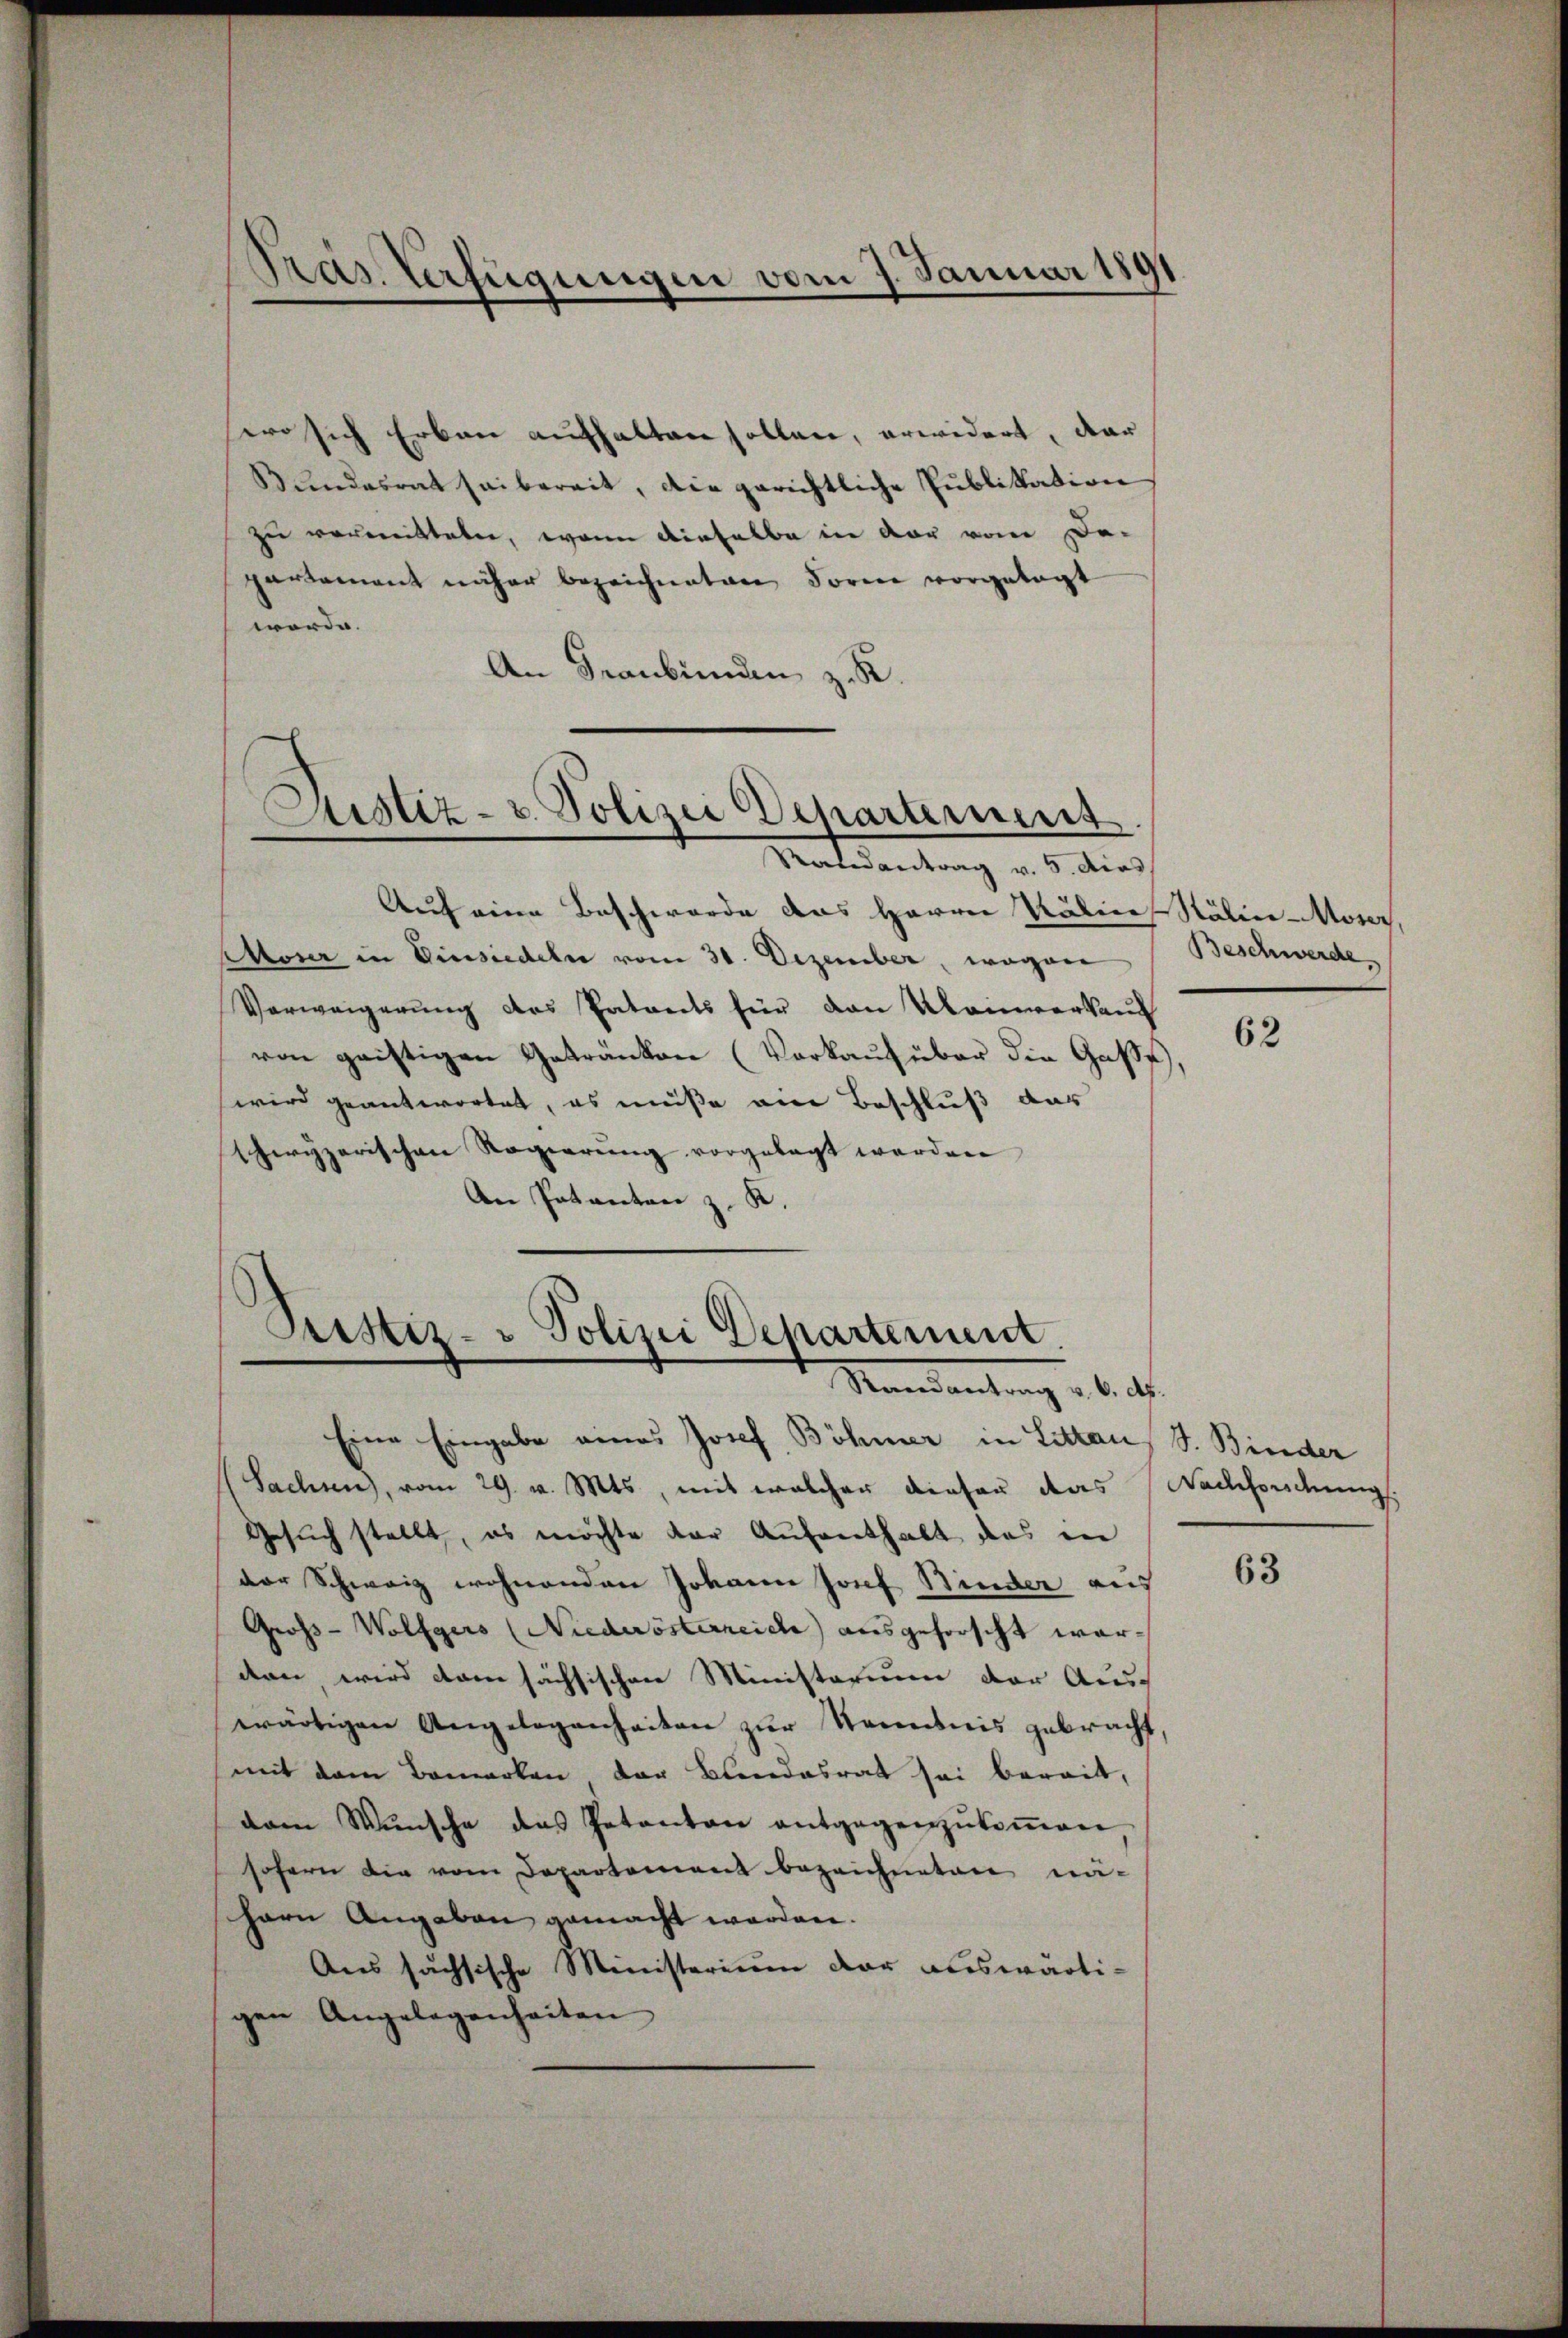
wo sich Erbau aufhalten sollen, erwidert, dar
Bundesrat sei bereit, die gerichtliche Publikation
zu vermitteten, wenn dieselbe in vor vom De-
partement näher bezeichneten Form vorgetagt
werde.
An Graubünden z. R.

Pras. Verfügungen vom 7. Januar 1891

Sistiz- u. Polizei Departernent
Ratsantrag v. 5. dies

Auf eine Beschwerde das Herren Salier Stälier-Moser,
Moser in Einsiedeln vom 31. Dezember, wegen
Verweigerung des Patents für den Kleinverkauf
von geistigen Getränken (Vorkauf über die Gast,
wird geantwortet, es müße ein Beschluß das
schwyzerischen Regierŭng vorgelegt werden
An Patanten z. K.

Pristiz- & Polizei Departement.
Mandantung u.

Eine Eingabe eines Josef Böhmer in Litten, S. Bieder
(Sachsen, vom 29. v. Mts., mit welcher dieser das Nachfordung
Gesuch stellt, es möchte der Aufenthalt das in
der Schweiz wohnenden Johann Josef Binder aus
Gross-Wolfgers (Niederösterreiche ausgeforscht warden, wird dem sächsischen Ministerium der Aus-
wärtigen Angelegenheiten zŭr Stenntnis gebracht,
mit dem Bemerken der Blendesrat sei bereit,
dam Wŭnsche das Patanton entgegenzŭkoṁen
sofern die vom Departement bezeichneten nähern Angaben gemacht werden.
Aus sächsische Ministerium der auswärtigen Angelegenheiten

Beschwerde

62

d

63